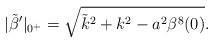
\begin{align*}|\tilde\beta^\prime|_{0^+}=\sqrt{\tilde k^2+k^2-a^2\beta^8(0)}.\end{align*}